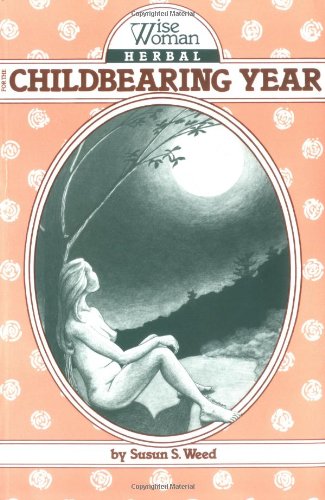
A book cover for Wise Woman Herbal for the Childbearing Year (Wise Woman Herbal Series, Book 1) (Wise Woman Herbal Series : No. 1); Susun S. Weed; Parenting & Relationships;